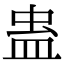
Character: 蛊